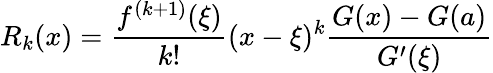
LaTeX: R_{k}(x)={\frac{f^{(k+1)}(\xi)}{k!}}(x-\xi)^{k}{\frac{G(x)-G(a)}{G^{\prime}(\xi)}}